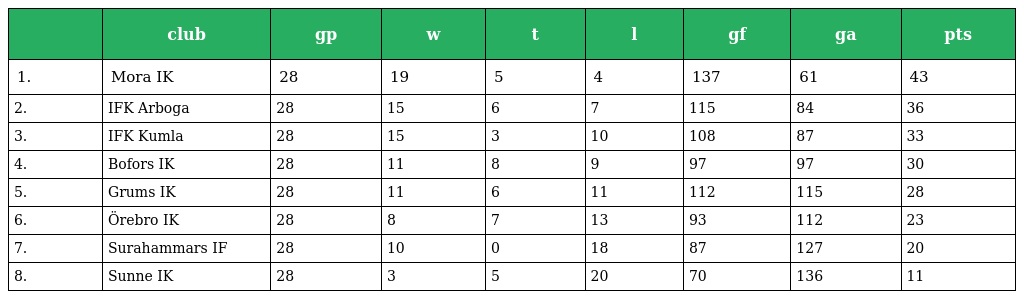
|  | club | gp | w | t | l | gf | ga | pts |
 | --- | --- | --- | --- | --- | --- | --- | --- | --- |
 | 1. | Mora IK | 28 | 19 | 5 | 4 | 137 | 61 | 43 |
 | 2. | IFK Arboga | 28 | 15 | 6 | 7 | 115 | 84 | 36 |
 | 3. | IFK Kumla | 28 | 15 | 3 | 10 | 108 | 87 | 33 |
 | 4. | Bofors IK | 28 | 11 | 8 | 9 | 97 | 97 | 30 |
 | 5. | Grums IK | 28 | 11 | 6 | 11 | 112 | 115 | 28 |
 | 6. | Örebro IK | 28 | 8 | 7 | 13 | 93 | 112 | 23 |
 | 7. | Surahammars IF | 28 | 10 | 0 | 18 | 87 | 127 | 20 |
 | 8. | Sunne IK | 28 | 3 | 5 | 20 | 70 | 136 | 11 |